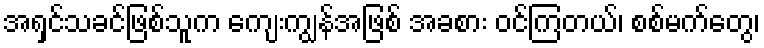
အရှင်သခင်ဖြစ်သူက ကျေးကျွန်အဖြစ် အခစား ဝင်ကြတယ်၊ စစ်မက်တွေ၊